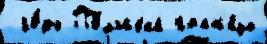
 го́ды По́льск'ий гран'и́цы